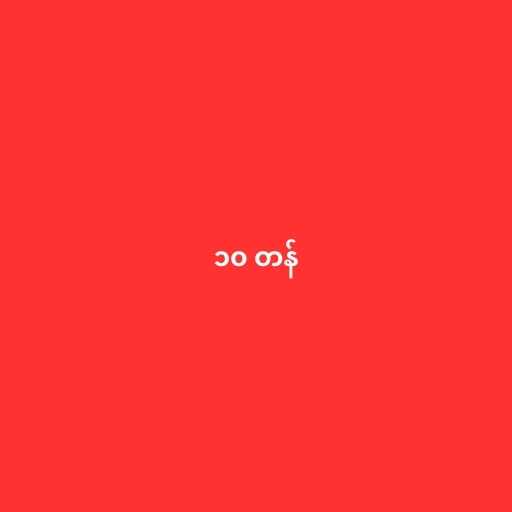
၁၀ တန်